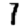
Digit: 7